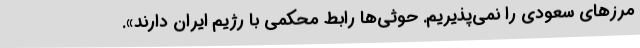
مرزهای سعودی را نمی‌پذیریم. حوثی‌ها رابط محکمی با رژیم ایران دارند».